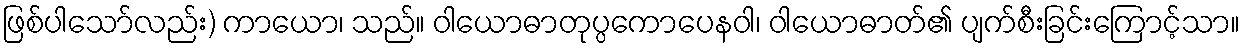
ဖြစ်ပါသော်လည်း) ကာယော၊ သည်။ ဝါယောဓာတုပ္ပကောပေနဝါ၊ ဝါယောဓာတ်၏ ပျက်စီးခြင်းကြောင့်သာ။